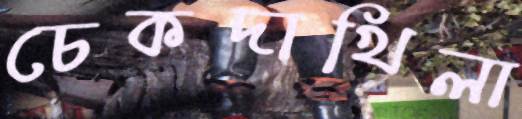
চেকদাখিলা